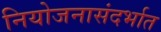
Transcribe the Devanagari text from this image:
नियोजनासंदर्भात